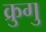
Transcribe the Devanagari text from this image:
क्रुगु